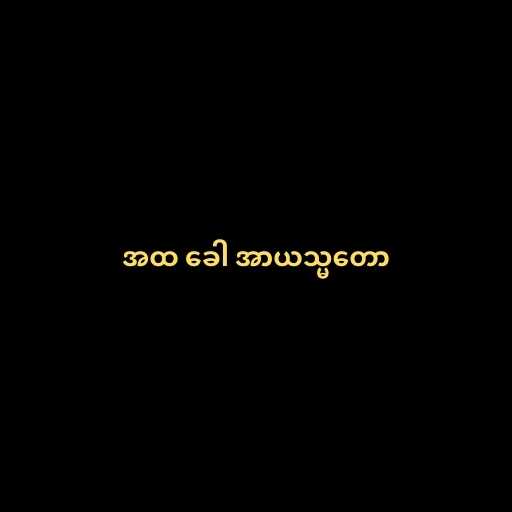
အထ ခေါ အာယသ္မတော